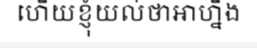
ហើយខ្ញុំយល់ថាអាហ្នឹង